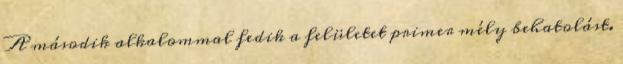
A második alkalommal fedik a felületet primer mély behatolást.